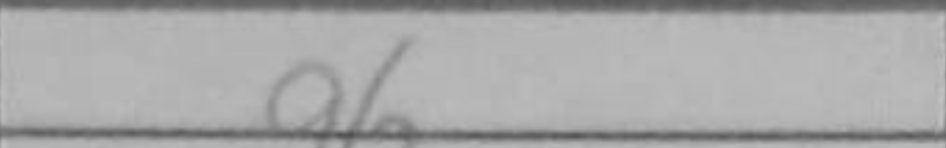
Transcription: g6